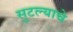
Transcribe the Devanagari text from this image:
सुटल्याचे